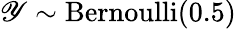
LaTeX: \mathscr{Y}\sim{\textrm{{Bernoulli}}}(0.5)